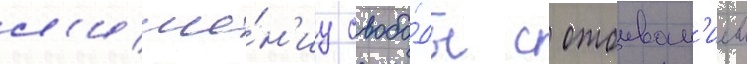
л'ише́н'иу свобо́ды с отбыван'ием